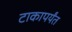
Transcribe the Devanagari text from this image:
टाकापर्यंत